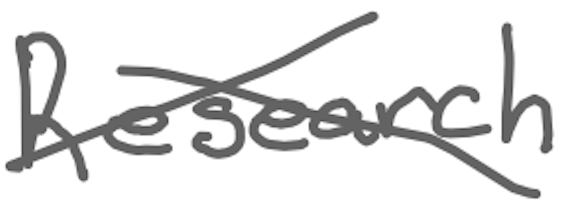
Text: Research
Cross-out: cross
Writing tool: digital_gray